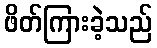
ဖိတ်ကြားခဲ့သည်